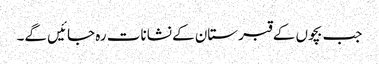
جب بچوں کے قبرستان کے نشانات رہ جائیں گے۔